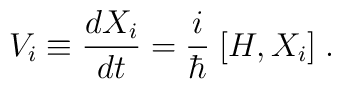
V_i \equiv \frac{d X_i}{d t} = \frac{i}{\hbar} \; {[} H, X_i {]} \; .